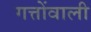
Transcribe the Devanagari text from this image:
गत्तोंवाली